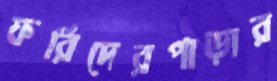
ফরিদেরপাড়ার